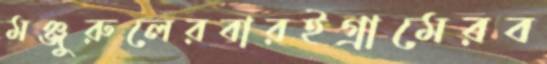
মঞ্জুরুলেরবারইগ্রামেরব